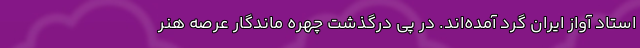
استاد آواز ایران گرد آمده‌اند. در پی درگذشت چهره ماندگار عرصه هنر